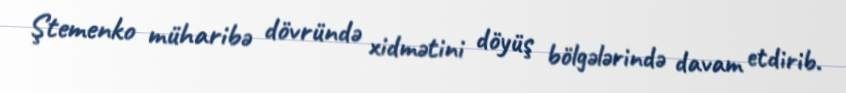
Ştemenko müharibə dövründə xidmətini döyüş bölgələrində davam etdirib.